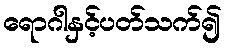
ရောဂါနှင့်ပတ်သက်၍